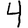
Digit: 4